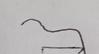
Signature authenticity: forged